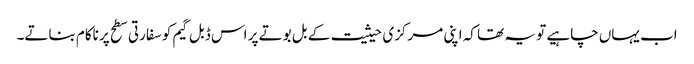
اب یہاں چاہیے تو یہ تھا کہ اپنی مرکزی حیثیت کے بل بوتے پر اس ڈبل گیم کو سفارتی سطح پر ناکام بناتے۔